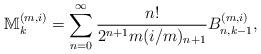
LaTeX: \begin{align*}\mathbb{M}_{k}^{(m,i)}\allowbreak =\allowbreak \sum_{n=0}^{\infty }\frac{n!}{2^{n+1}m(i/m)_{n+1}}B_{n,k-1}^{(m,i)}, \end{align*}